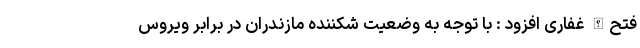
فتح‌الله غفاری افزود : با توجه به وضعیت شکننده مازندران در برابر ویروس